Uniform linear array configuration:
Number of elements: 32
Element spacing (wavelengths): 0.5
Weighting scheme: blackman
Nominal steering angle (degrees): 30
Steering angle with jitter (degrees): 30.444
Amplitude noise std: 0.05
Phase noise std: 0.05

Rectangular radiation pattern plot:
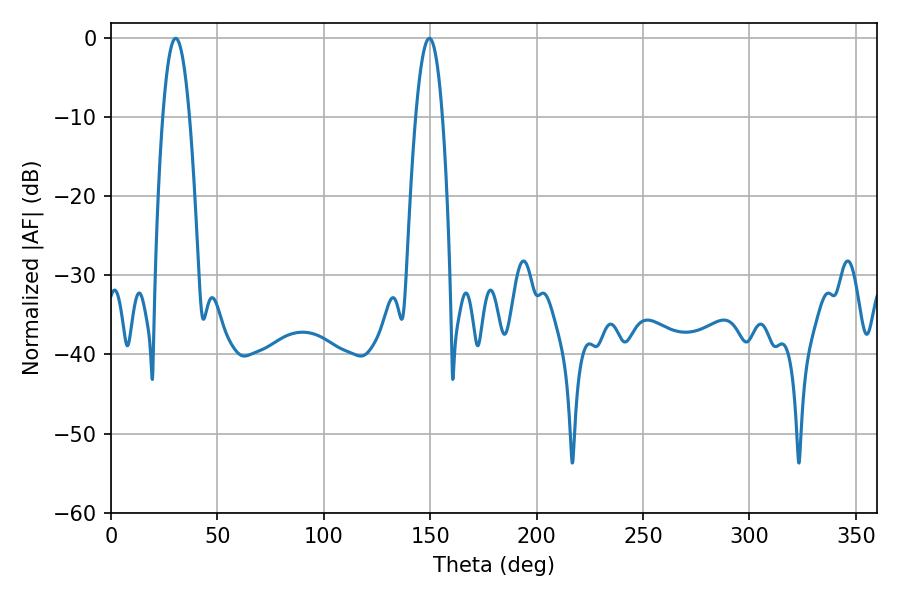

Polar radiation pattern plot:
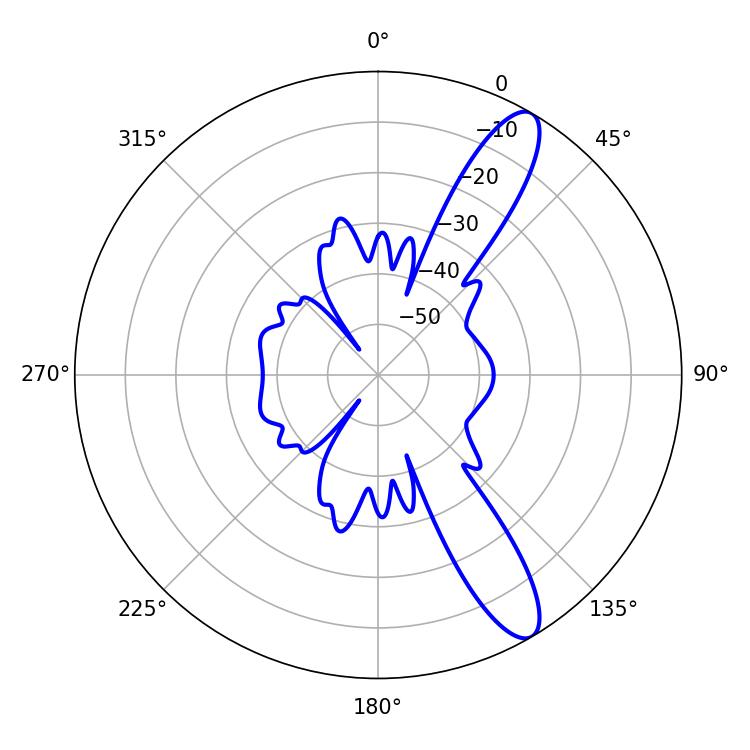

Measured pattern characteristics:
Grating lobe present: FALSE
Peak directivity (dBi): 11.818
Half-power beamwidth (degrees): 6.84
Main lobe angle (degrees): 30.42